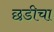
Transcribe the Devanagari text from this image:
छडीचा